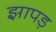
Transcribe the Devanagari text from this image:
झापड़